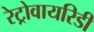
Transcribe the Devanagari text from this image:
रेट्रोवायरिडी